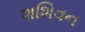
શશિવન